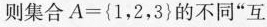
则集合$$A = { 1 ， 2 ， 3 }$$的不同”互